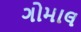
ગોમાલ